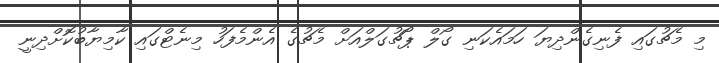
މި މެޗުގައި ފެނިގެންދިޔަ ހަމައެކަނި ގޯލް ޕޯޗުގަލްއަށް މެޗުގެ އެންމެފަހު މިނެޓްގައި ކާމިޔާބުކޮށްދިނީ